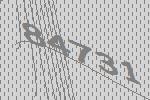
84731